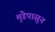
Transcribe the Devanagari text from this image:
मुंडेपासून